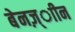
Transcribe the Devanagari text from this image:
बेनज़्ाीन